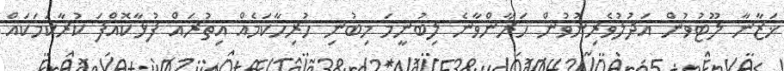
ޚަޒާނާ ލޫޓުވުން އަދުލުވެރިނުވުން ހަރާންވާނެ ލިބުނީމަ މިބުނި ހުރިހާކަމެއް އިތުރައް ފުޅާކޮއްފަ ކުރާކަމަކައް